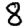
Digit: 8